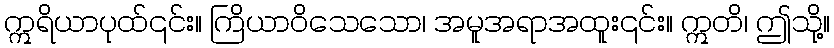
ဣရိယာပုထ်၎င်း။ ကြိယာဝိသေသော၊ အမူအရာအထူး၎င်း။ ဣတိ၊ ဤသို့။